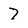
Character: 7